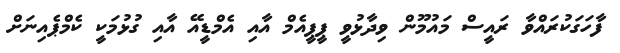
ފާހަގަކުރައްވާ ރައީސް މައުމޫން ވިދާޅުވީ ޕީޕީއެމް އާއި އެމްޑީއޭ އާއި ގުޅުމަކީ ކެމްޕެއިނަށް